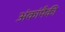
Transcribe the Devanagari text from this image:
अंकांपैकी